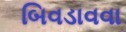
બિવડાવવા